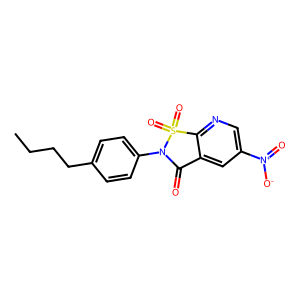
SMILES: CCCCc1ccc(N2C(=O)c3cc([N+](=O)[O-])cnc3S2(=O)=O)cc1
Inhibits HIV replication: No